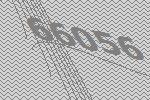
66056